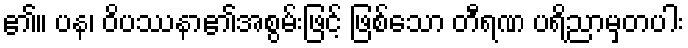
၏။ ပန၊ ဝိပဿနာ၏အစွမ်းဖြင့် ဖြစ်သော တီရဏ ပရိညာမှတပါး